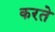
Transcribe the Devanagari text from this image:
करते